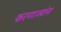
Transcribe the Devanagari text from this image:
करणाज्यांना